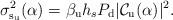
LaTeX: \begin{align*}&\!\!\!\!\!\!\! \sigma_{{\rm s_u}}^2(\alpha)= \beta_{\rm u} h_s P_{\rm d} |\mathcal{C}_{\rm u}(\alpha)|^2.\end{align*}